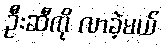
ဦးဆီကို လာခဲ့မယ်